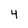
Character: 4